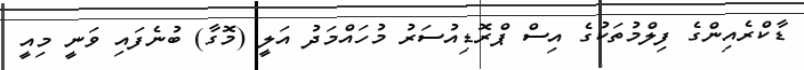
ޑާކްރެއިންގެ ފިލްމުތަކުގެ އިސް ޕްރޮޑިއުސަރު މުހައްމަދު އަލީ (މޮގާ) ބުނެފައި ވަނީ މިއީ